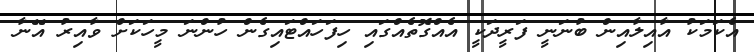
އެކަމަކު އާއިލާއިން ބުނަނީ ފަރީދަކީ އެއްގޮތެއްގައި ހިފަހައްޓައިގެން ހުންނަ މީހަކަށް ވާއިރު އޭނާ